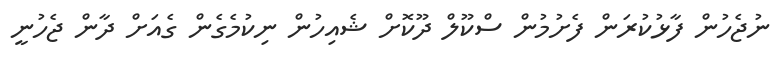
ނުޖެހުން ފާޅުކުރަން ފެށުމުން ސްކޫލް ދޫކޮށް ޝެއިހުން ނިކުމެގެން ގެއަށް ދާން ޖެހުނީ